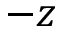
- z